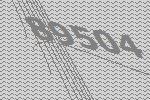
89504